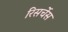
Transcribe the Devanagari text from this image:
रिसर्चेस